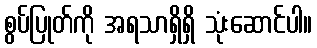
စွပ်ပြုတ်ကို အရသာရှိရှိ သုံးဆောင်ပါ။